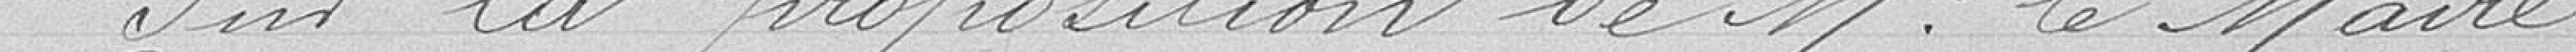
Sur la proposition de Monsieur Le Maire.